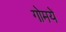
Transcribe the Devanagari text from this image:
गोमयें